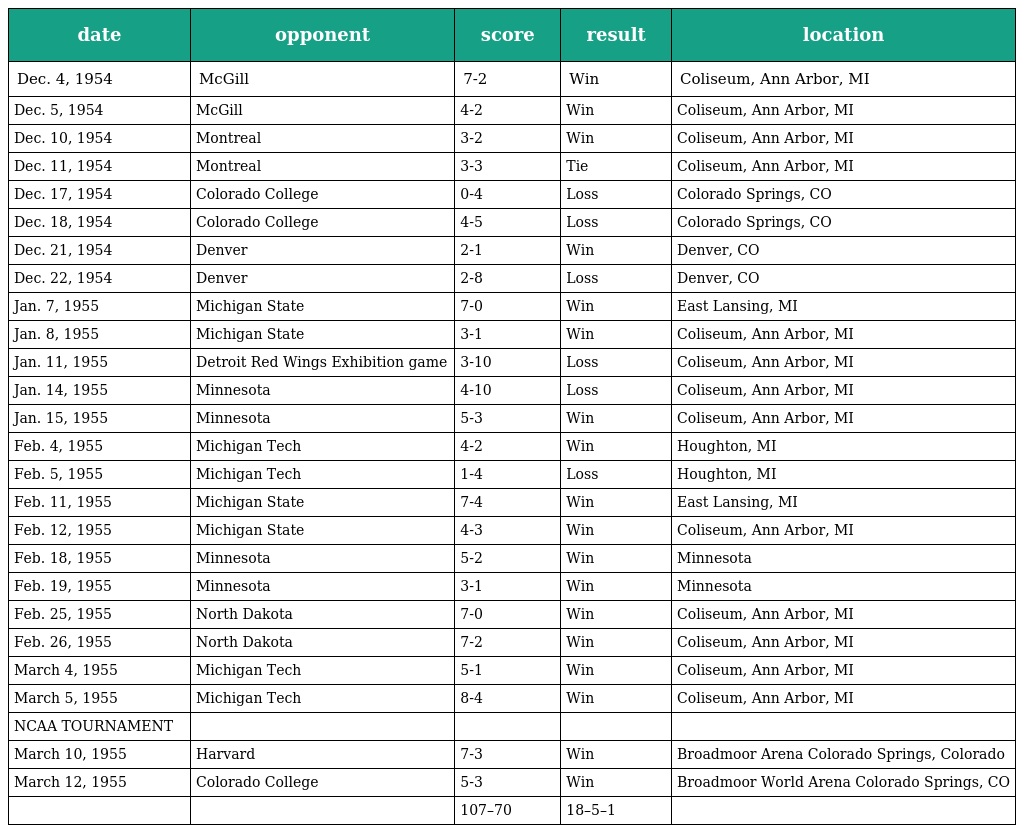
| date | opponent | score | result | location |
 | --- | --- | --- | --- | --- |
 | Dec. 4, 1954 | McGill | 7-2 | Win | Coliseum, Ann Arbor, MI |
 | Dec. 5, 1954 | McGill | 4-2 | Win | Coliseum, Ann Arbor, MI |
 | Dec. 10, 1954 | Montreal | 3-2 | Win | Coliseum, Ann Arbor, MI |
 | Dec. 11, 1954 | Montreal | 3-3 | Tie | Coliseum, Ann Arbor, MI |
 | Dec. 17, 1954 | Colorado College | 0-4 | Loss | Colorado Springs, CO |
 | Dec. 18, 1954 | Colorado College | 4-5 | Loss | Colorado Springs, CO |
 | Dec. 21, 1954 | Denver | 2-1 | Win | Denver, CO |
 | Dec. 22, 1954 | Denver | 2-8 | Loss | Denver, CO |
 | Jan. 7, 1955 | Michigan State | 7-0 | Win | East Lansing, MI |
 | Jan. 8, 1955 | Michigan State | 3-1 | Win | Coliseum, Ann Arbor, MI |
 | Jan. 11, 1955 | Detroit Red Wings Exhibition game | 3-10 | Loss | Coliseum, Ann Arbor, MI |
 | Jan. 14, 1955 | Minnesota | 4-10 | Loss | Coliseum, Ann Arbor, MI |
 | Jan. 15, 1955 | Minnesota | 5-3 | Win | Coliseum, Ann Arbor, MI |
 | Feb. 4, 1955 | Michigan Tech | 4-2 | Win | Houghton, MI |
 | Feb. 5, 1955 | Michigan Tech | 1-4 | Loss | Houghton, MI |
 | Feb. 11, 1955 | Michigan State | 7-4 | Win | East Lansing, MI |
 | Feb. 12, 1955 | Michigan State | 4-3 | Win | Coliseum, Ann Arbor, MI |
 | Feb. 18, 1955 | Minnesota | 5-2 | Win | Minnesota |
 | Feb. 19, 1955 | Minnesota | 3-1 | Win | Minnesota |
 | Feb. 25, 1955 | North Dakota | 7-0 | Win | Coliseum, Ann Arbor, MI |
 | Feb. 26, 1955 | North Dakota | 7-2 | Win | Coliseum, Ann Arbor, MI |
 | March 4, 1955 | Michigan Tech | 5-1 | Win | Coliseum, Ann Arbor, MI |
 | March 5, 1955 | Michigan Tech | 8-4 | Win | Coliseum, Ann Arbor, MI |
 | NCAA TOURNAMENT |  |  |  |  |
 | March 10, 1955 | Harvard | 7-3 | Win | Broadmoor Arena Colorado Springs, Colorado |
 | March 12, 1955 | Colorado College | 5-3 | Win | Broadmoor World Arena Colorado Springs, CO |
 |  |  | 107–70 | 18–5–1 |  |